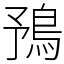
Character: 𩿎